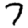
Digit: 7